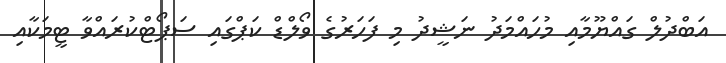
އަބްދުލް ގައްޔޫމާއި މުހައްމަދު ނަޝީދު މި ފަހަރުގެ ވޯލްޑް ކަޕްގައި ސަޕޯޓްކުރައްވާ ޓީމަކާއި